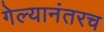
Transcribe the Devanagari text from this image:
गेल्यानंतरच